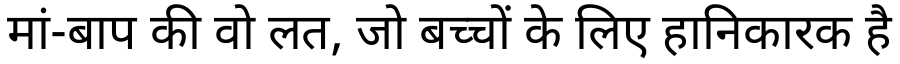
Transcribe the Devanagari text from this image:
मां-बाप की वो लत, जो बच्चों के लिए हानिकारक है